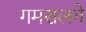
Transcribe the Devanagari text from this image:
गमरालगे